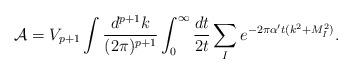
LaTeX: \begin{align*}{\cal A} = V_{p+1}\int \frac{d^{p+1}k}{(2\pi)^{p+1}}\int_0^\infty {dt\over 2t} \sum_{I} e^{-2\pi {\alpha^\prime} t (k^2 + M_I^2)} .\end{align*}